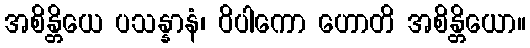
အစိန္တိယေ ပသန္နာနံ၊ ဝိပါကော ဟောတိ အစိန္တိယော။